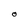
Character: O